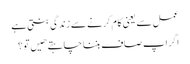
عمل سے یعنی کام کرنے سے زندگی بنتی ہے
اگر اپ صاف بننا چاہتے هیں تو ؟